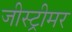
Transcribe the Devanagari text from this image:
जीस्ट्रीमर